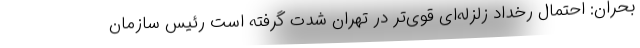
بحران: احتمال رخداد زلزله‌ای قوی‌تر در تهران شدت گرفته است رئیس سازمان